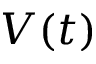
V ( t )